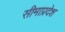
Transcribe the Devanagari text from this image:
सीमाप्रदेश